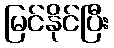
မြင်နိုင်ပြီး